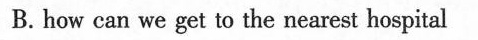
B. how can we get to the nearest hospital